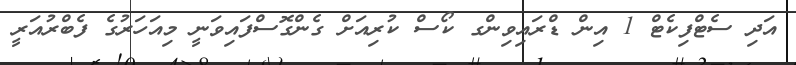
އަދި ސެޓްފިކެޓް 1 އިން ޑްރައިވިންގ ކޯސް ކުރިއަށް ގެންގޮސްފައިވަނީ މިއަހަރުގެ ފެބްރުއަރީ